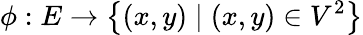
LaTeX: \phi:E\to\left\{ (x,y)\mid(x,y)\in V^{2}\right\}